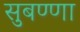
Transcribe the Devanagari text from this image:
सुबण्णा